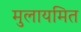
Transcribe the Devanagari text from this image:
मुलायमित